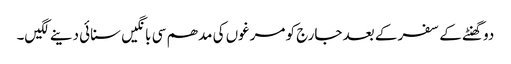
دو گھنٹے کے سفر کے بعد جارج کو مرغوں کی مدھم سی بانگیں سنائی دینے لگیں۔